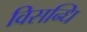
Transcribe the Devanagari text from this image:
विसन्धि